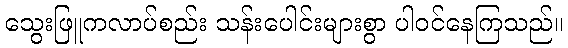
သွေးဖြူကလာပ်စည်း သန်းပေါင်းများစွာ ပါဝင်နေကြသည်။